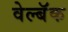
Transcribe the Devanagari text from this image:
वेल्बॅक